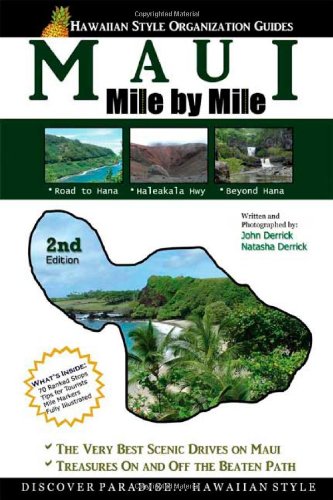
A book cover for Maui - Mile by Mile; John Derrick; Travel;